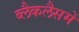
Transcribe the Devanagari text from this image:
ब्लैकलैसमें